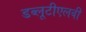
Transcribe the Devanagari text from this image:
डब्लूटीएलवी